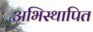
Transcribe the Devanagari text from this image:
अभिस्थापित